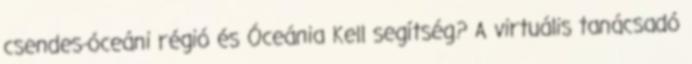
csendes-óceáni régió és Óceánia Kell segítség? A virtuális tanácsadó